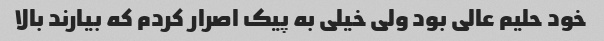
خود حلیم عالی بود ولی خیلی به پیک اصرار کردم که بیارند بالا